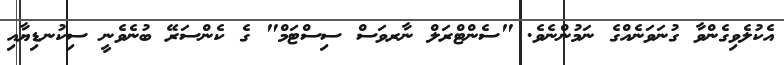
އެކުލެވިގެންވާ ގުނަވަނެއްގެ ނަމުންނެވެ. "ސެންޓްރަލް ނާރވަސް ސިސްޓަމް" ގެ ކެންސަރޭ ބުނެވެނީ ސިކުނޑިޔާއި